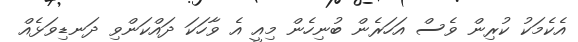
އެކެމަކު ކުރިން ވެސް އަހަރެން ބުނިހެން މިއީ އެ ވާހަކަ ދައްކަންވި ދަނޑިވަޅެއް